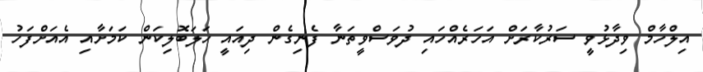
އިލްހާމް ވިދާޅުވީ ސަރުކާރަށް އަހަރެއްހައި ދުވަސްވީތަނާ ފެނިގެން ދިއައީ ހަލަބޮލިކަން ކަމަށާއި އެއަށްފަހު